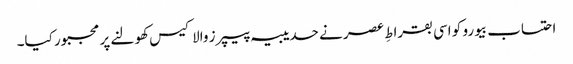
احتساب بیورو کو اسی بقراطِ عصر نے حدیبیہ پیپرز والا کیس کھولنے پر مجبور کیا۔